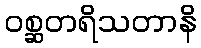
ဝစ္ဆတရိသတာနိ